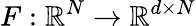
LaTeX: F:\mathbb{R}^{N}\to\mathbb{R}^{d\times N}